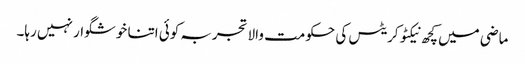
ماضی میں کچھ نیکٹوکریٹس کی حکومت والا تجربہ کوئی اتنا خوشگوار نہیں رہا۔